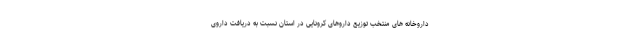
داروخانه های منتخب توزیع داروهای کرونایی در استان نسبت به دریافت داروی